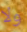
ولا